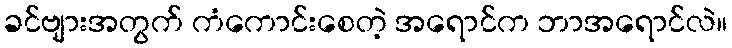
ခင်ဗျားအတွက် ကံကောင်းစေတဲ့ အရောင်က ဘာအရောင်လဲ။